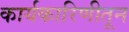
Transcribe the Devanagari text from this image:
कार्यकारिणीतून